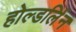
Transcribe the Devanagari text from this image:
होल्डर्लिन